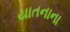
યાતનાના